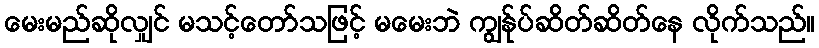
မေးမည်ဆိုလျှင် မသင့်တော်သဖြင့် မမေးဘဲ ကျွန်ုပ်ဆိတ်ဆိတ်နေ လိုက်သည်။